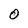
Character: O